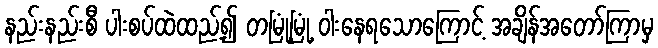
နည်းနည်းစီ ပါးစပ်ထဲထည့်၍ တမြုံ့မြုံ့ ဝါးနေရသောကြောင့် အချိန်အတော်ကြာမှ